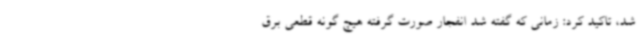
شد، تاکید کرد: زمانی که گفته شد انفجار صورت گرفته هیچ گونه قطعی برق